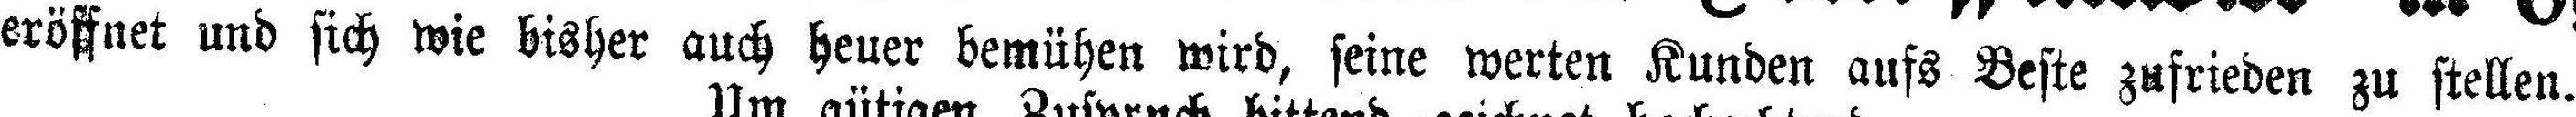
eröffnet und sich wie bisher auch heuer bemühen wird, seine werten Kunden aufs Beste zufrieden zu stellen.